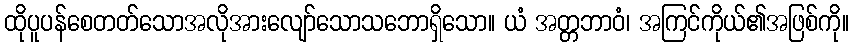
ထိုပူပန်စေတတ်သောအလိုအားလျော်သောသဘောရှိသော။ ယံ အတ္တဘာဝံ၊ အကြင်ကိုယ်၏အဖြစ်ကို။